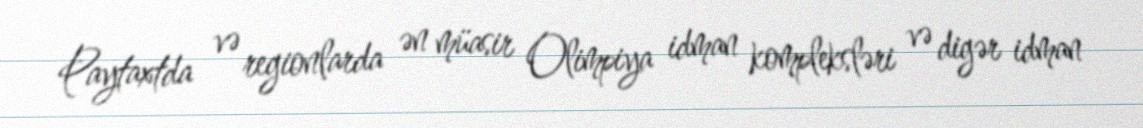
Paytaxtda və regionlarda ən müasir Olimpiya idman kompleksləri və digər idman